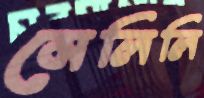
মেলিলি